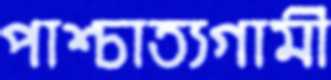
পাশ্চাত্যগামী